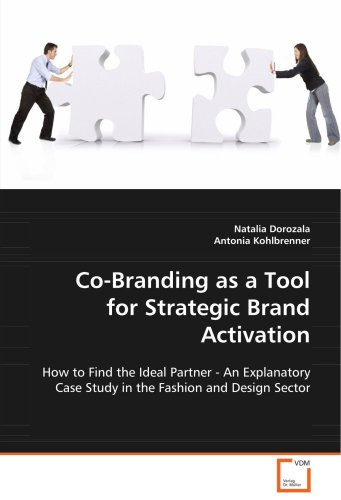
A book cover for Co-Branding as a Tool for Strategic Brand Activation: How to Find the Ideal Partner - An Explanatory CaseStudy in the Fashion and Design Sector; Natalia Dorozala; Business & Money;